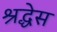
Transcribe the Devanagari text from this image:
श्रद्धेस